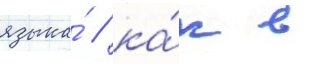
языка́ / ка́к в